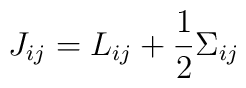
J_{ij}=L_{ij}+\frac{1}{2}\Sigma_{ij}